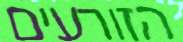
הזורעים